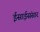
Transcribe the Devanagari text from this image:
ईसाईसंसार